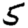
Digit: 5